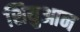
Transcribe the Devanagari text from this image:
शियुआन